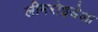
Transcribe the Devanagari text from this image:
लीमरोइडेआ